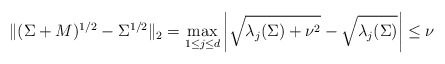
\begin{align*} \|(\Sigma +M)^{1/2}- \Sigma^{1/2}\|_2 &= \max_{1 \leq j \leq d} \left| \sqrt{\lambda_j(\Sigma) + \nu^2} - \sqrt{\lambda_j(\Sigma)} \right| \leq \nu\end{align*}